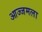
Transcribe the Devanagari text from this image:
आज्जमला